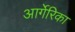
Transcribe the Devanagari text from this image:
आर्गेरिका